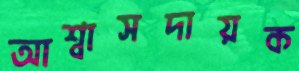
আশ্বাসদায়ক